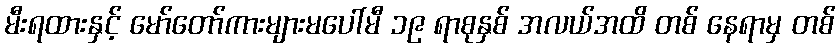
မီးရထားနှင့် မော်တော်ကားများမပေါ်မီ ၁၉ ရာစုနှစ် အလယ်အထိ တစ် နေရာမှ တစ်